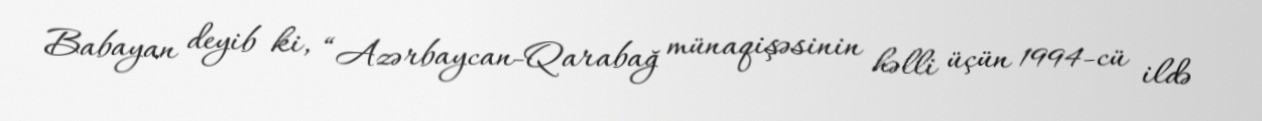
Babayan deyib ki, “Azərbaycan-Qarabağ münaqişəsinin həlli üçün 1994-cü ildə